Eesti_Ajutise_Maavalitsuse_haridusosakond, lk 43
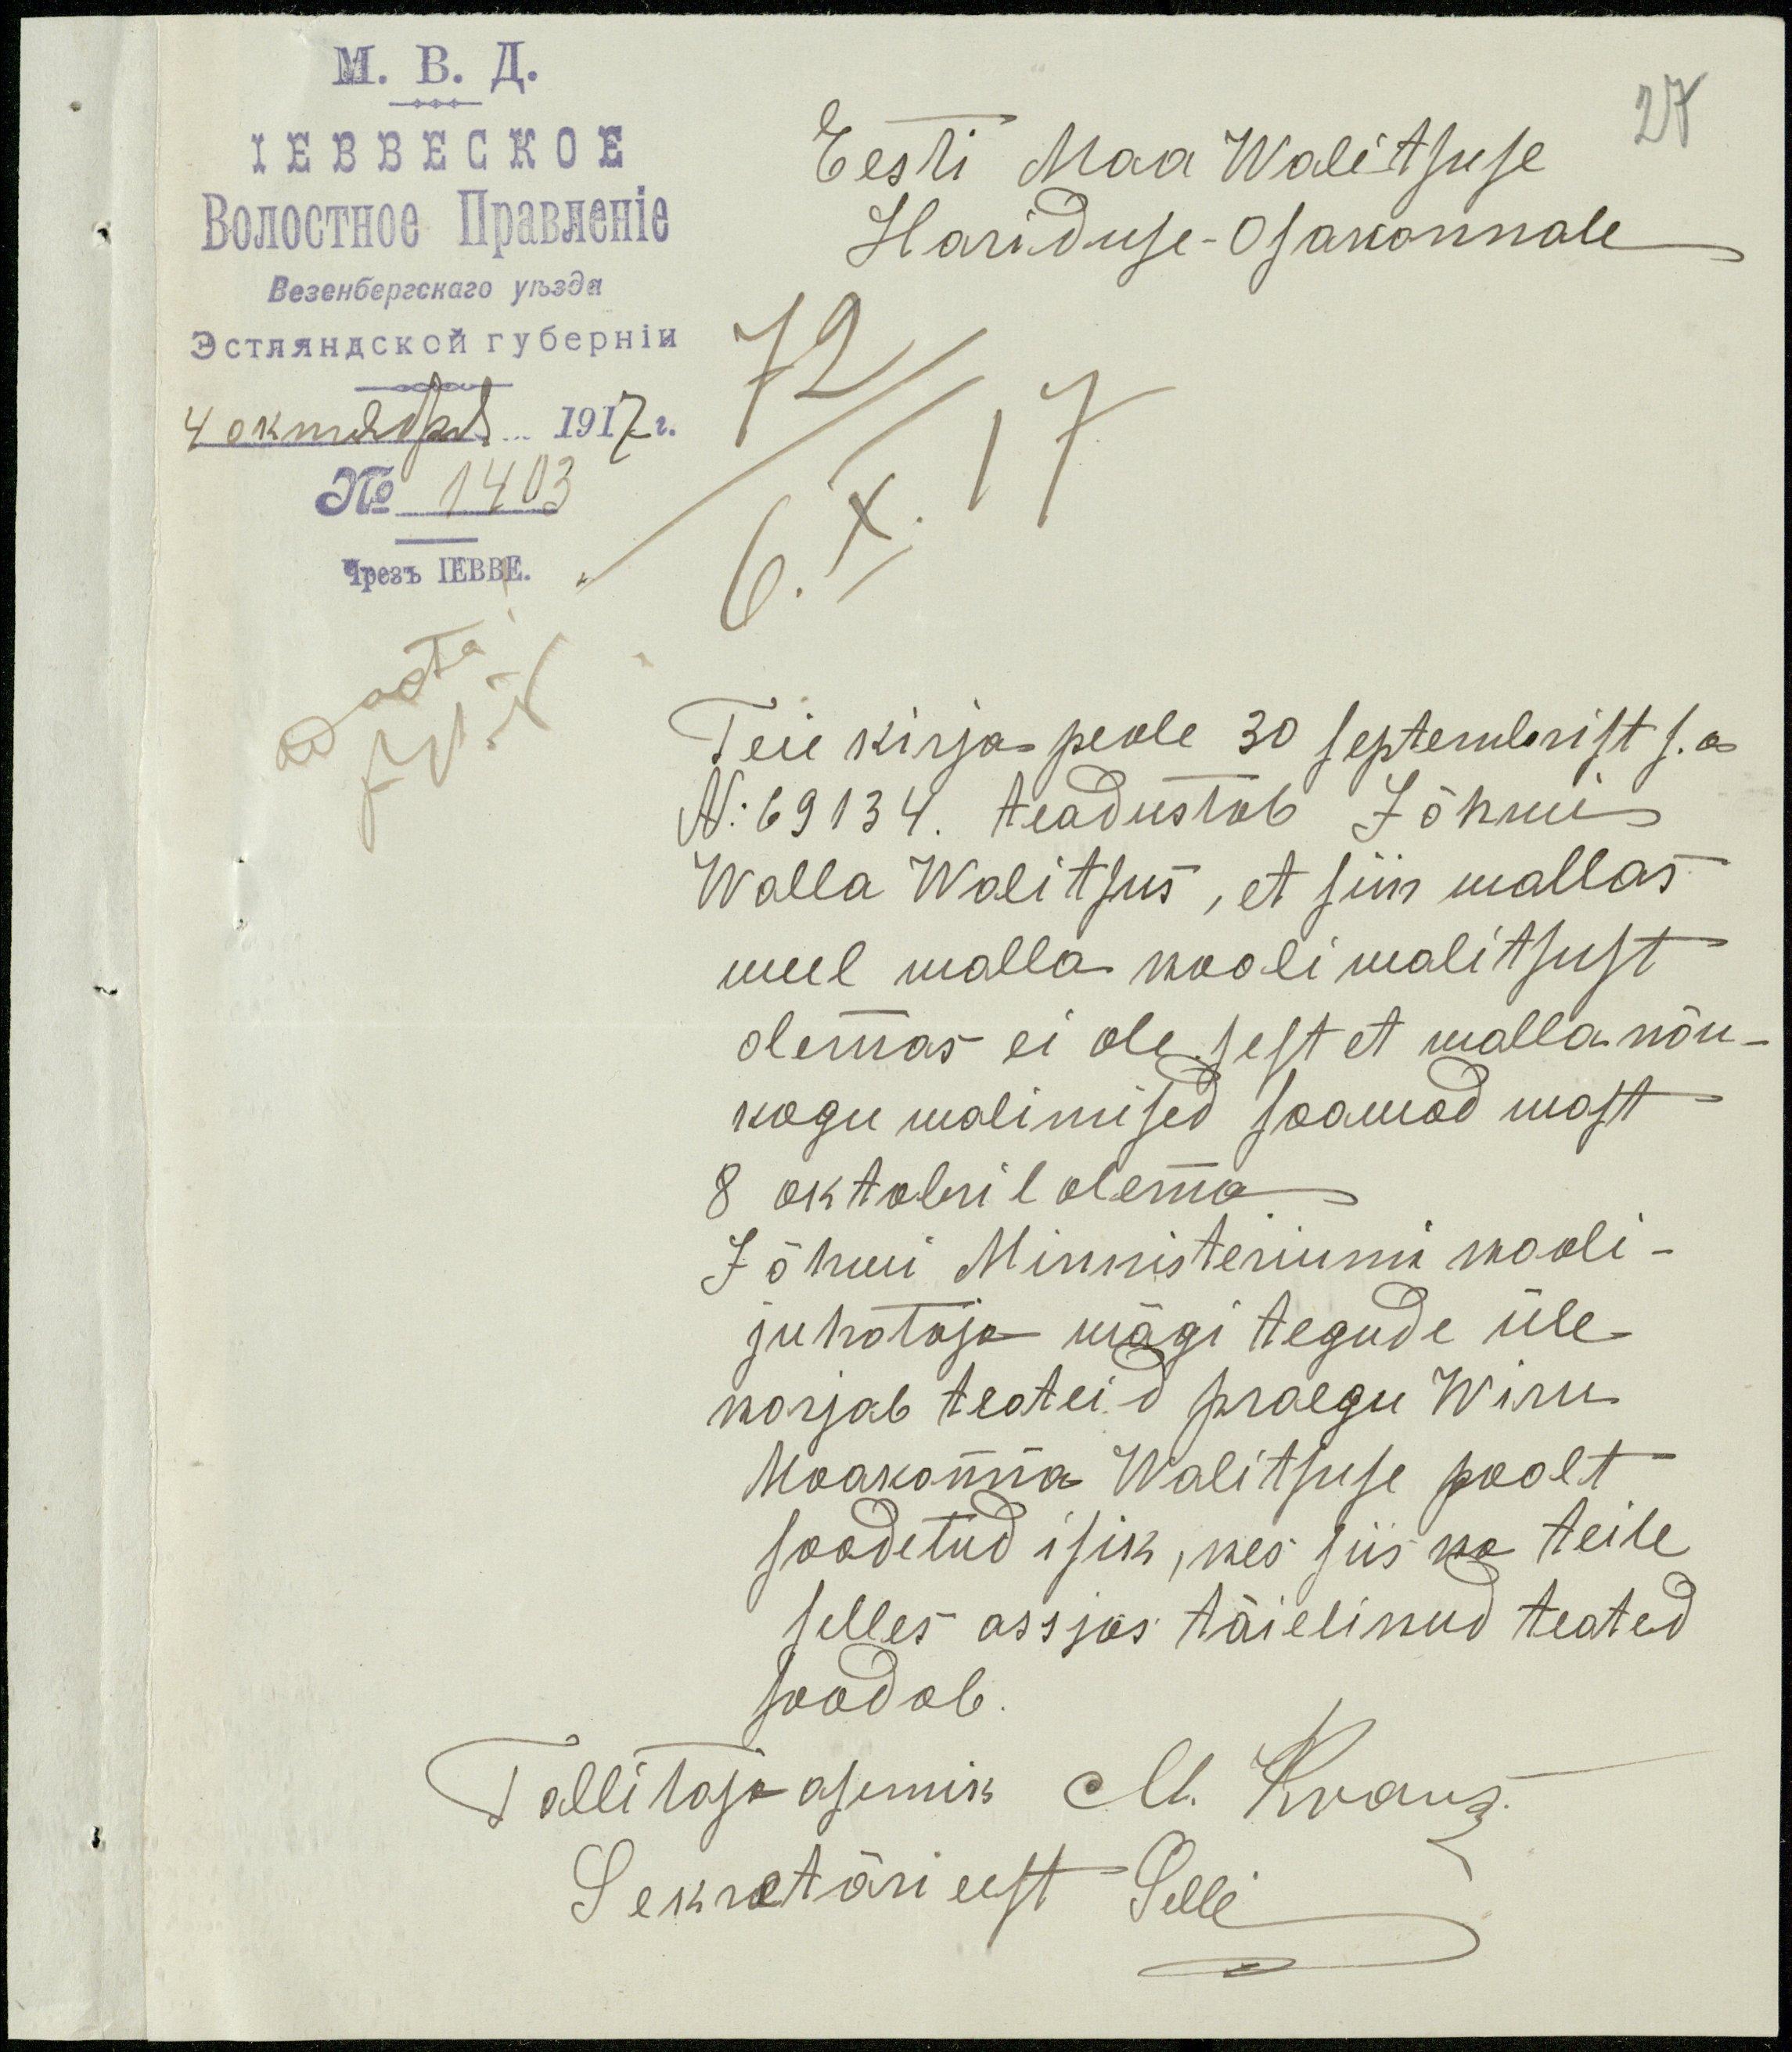
Eesti Maa Walitsuse
27
Hariduse-Osakonnale
No 1403
Teie kirja-peale 30 septembrist s.a
No 69134. teadustab Jõhwi
Walla Walitsus, et siin wallas
weel walla kooli walitsust
olemas ei ole, sest et walla nõu
kogu walimised saawad wast
8 oktobril olema.
Jõhwi Minnisteriumi kooli-
juhataja wägi tegude üle
korjab teateid praegu Wiru
Maakonna Walitsuse poolt
saadetud isik, kes siis ka teile
selles asjas täielikud teated
saadab.
Tallitaja asemik M. Kraus
Sekretäri eest Selli